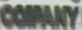
COMPANY